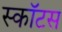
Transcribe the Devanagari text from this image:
स्काॅटस